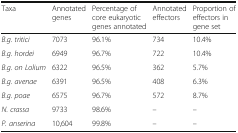
<table><thead><tr><td><b>Taxa</b></td><td><b>Annotated genes</b></td><td><b>Percentage of core eukaryotic genes annotated</b></td><td><b>Annotated effectors</b></td><td><b>Proportion of effectors in gene set</b></td></tr></thead><tbody><tr><td><i>B.g. tritici</i></td><td>7073</td><td>96.1%</td><td>734</td><td>10.4%</td></tr><tr><td><i>B.g. hordei</i></td><td>6949</td><td>96.7%</td><td>722</td><td>10.4%</td></tr><tr><td><i>B.g. on Lolium</i></td><td>6322</td><td>96.5%</td><td>362</td><td>5.7%</td></tr><tr><td><i>B.g. avenae</i></td><td>6391</td><td>96.5%</td><td>408</td><td>6.3%</td></tr><tr><td><i>B.g. poae</i></td><td>6575</td><td>96.7%</td><td>572</td><td>8.7%</td></tr><tr><td><i>N. crassa</i></td><td>9733</td><td>98.6%</td><td>–</td><td>–</td></tr><tr><td><i>P. anserina</i></td><td>10,604</td><td>99.8%</td><td>–</td><td>–</td></tr></tbody></table>